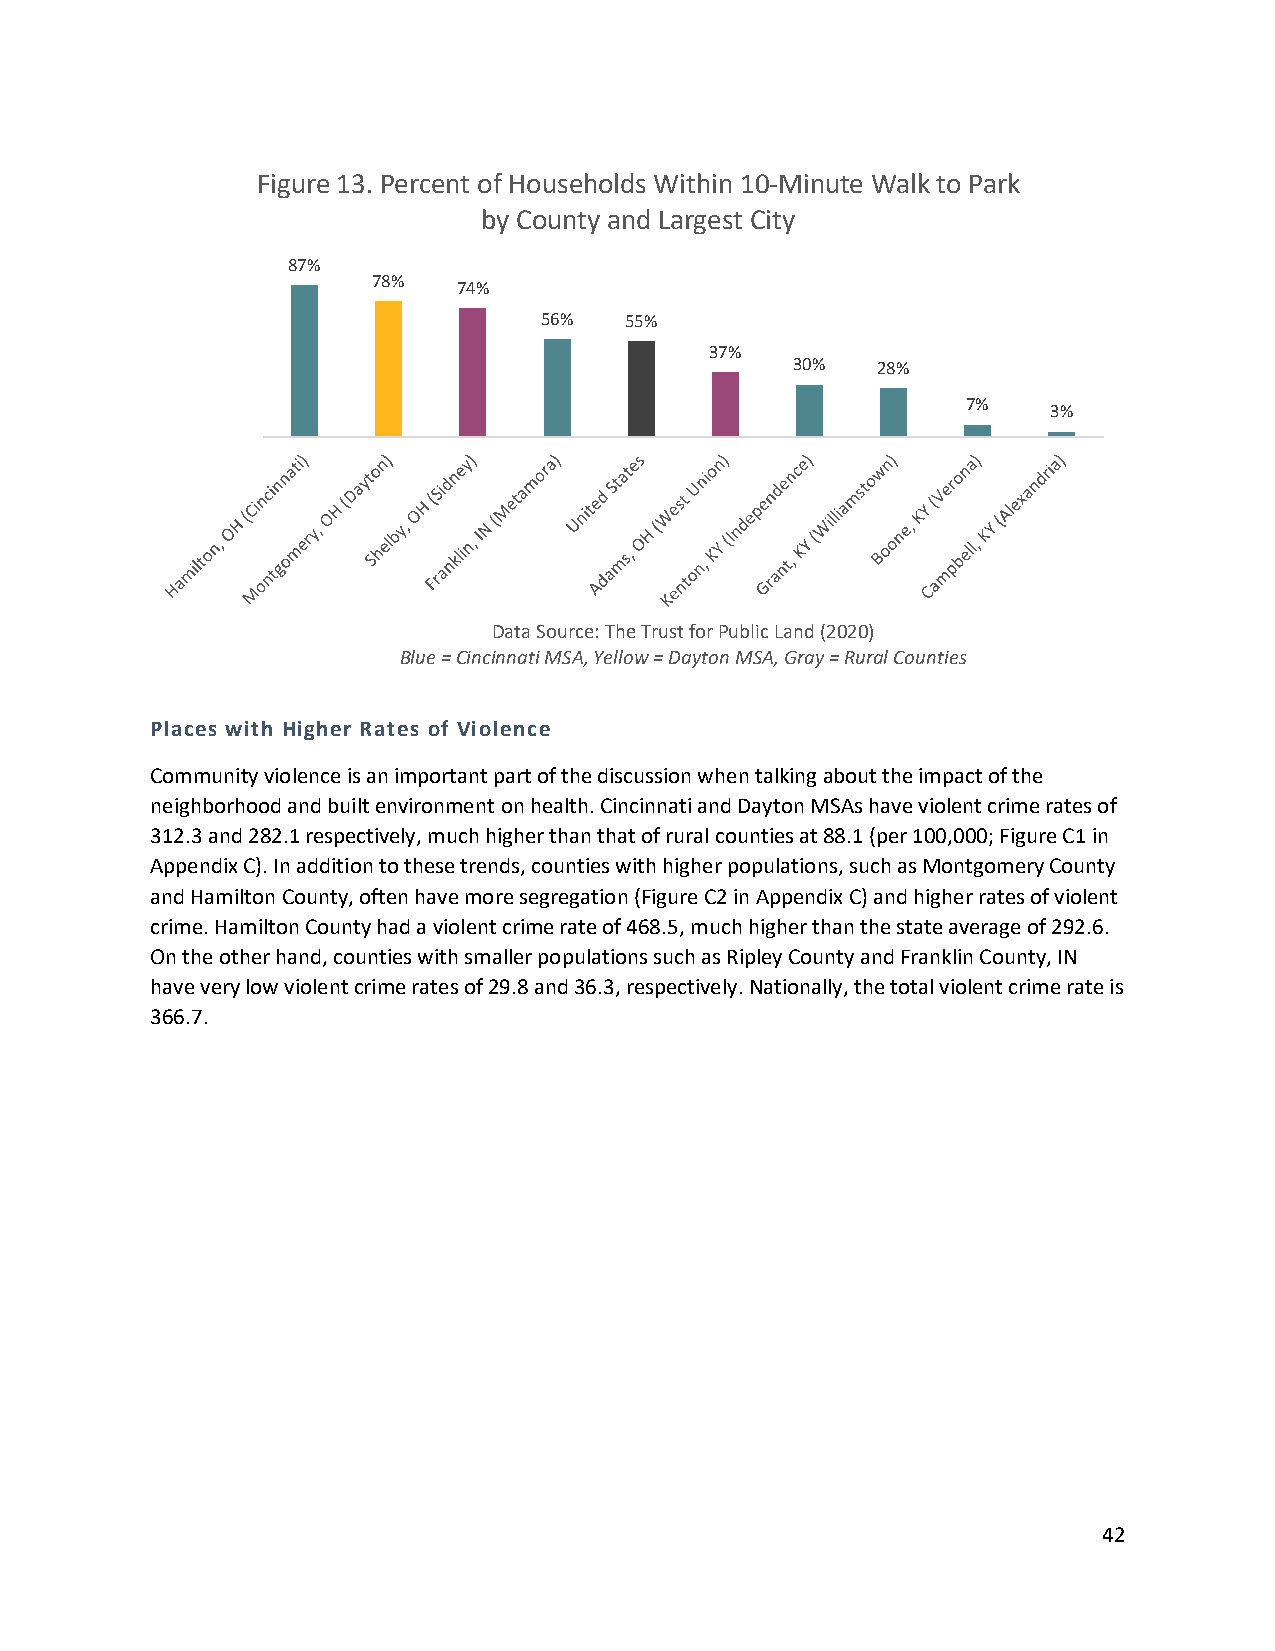
Figure 13. Percent of Households Within 10-Minute Walk to Park
 by County and Largest City
 87%
 78%
 74%
 56%  55%
 37%
 30%  28%
 7%
 3%
 Data Source: The Trust for Public Land (2020)
 Blue = Cincinnati MSA, Yellow = Dayton MSA, Gray = Rural Counties
 Places with Higher Rates of Violence
 Community violence is an important part of the discussion when talking about the impact of the
 neighborhood and built environment on health. Cincinnati and Dayton MSAs have violent crime rates of
 312.3 and 282.1 respectively, much higher than that of rural counties at 88.1 (per 100,000; Figure C1 in
 Appendix C). In addition to these trends, counties with higher populations, such as Montgomery County
 and Hamilton County, often have more segregation (Figure C2 in Appendix C) and higher rates of violent
 crime. Hamilton County had a violent crime rate of 468.5, much higher than the state average of 292.6.
 On the other hand, counties with smaller populations such as Ripley County and Franklin County, IN
 have very low violent crime rates of 29.8 and 36.3, respectively. Nationally, the total violent crime rate is
 366.7.
 42